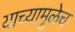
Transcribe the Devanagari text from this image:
याच्यामुळेच